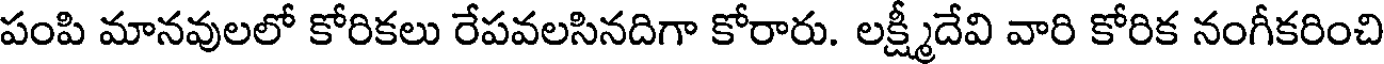
పంపి మానవులలో కోరికలు రేపవలసినదిగా కోరారు. లక్ష్మీదేవి వారి కోరిక నంగీకరించి